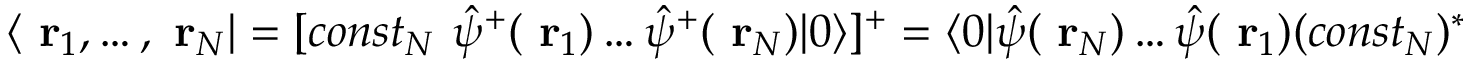
\langle \mathrm { \bf ~ r } _ { 1 } , \dots , \mathrm { \bf ~ r } _ { N } | = [ c o n s t _ { N } \ \hat { \psi } ^ { + } ( \mathrm { \bf ~ r } _ { 1 } ) \dots \hat { \psi } ^ { + } ( \mathrm { \bf ~ r } _ { N } ) | 0 \rangle ] ^ { + } = \langle 0 | \hat { \psi } ( \mathrm { \bf ~ r } _ { N } ) \dots \hat { \psi } ( \mathrm { \bf ~ r } _ { 1 } ) ( c o n s t _ { N } ) ^ { * }